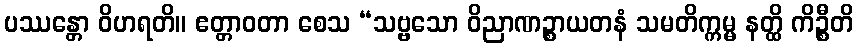
ပဿန္တော ဝိဟရတိ။ ဧတ္တာဝတာ စေသ “သဗ္ဗသော ဝိညာဏဉ္စာယတနံ သမတိက္ကမ္မ နတ္ထိ ကိဉ္စီတိ